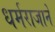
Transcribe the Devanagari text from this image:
धर्मराजाने